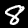
Label: 8